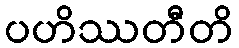
ပဟိဿတီတိ